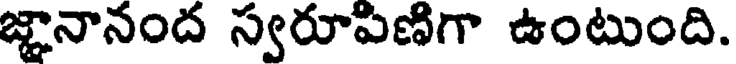
జ్ఞానానంద స్వరూపిణిగా ఉంటుంది.